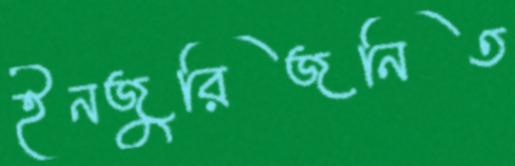
ইনজুরিজনিত